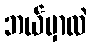
ဘယ်မှာလဲ